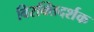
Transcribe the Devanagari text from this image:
विरक्तिदर्शक